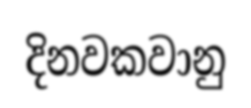
දිනවකවානු